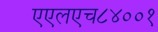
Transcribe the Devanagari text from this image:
एएलएच८४००१